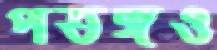
পতঙ্গও